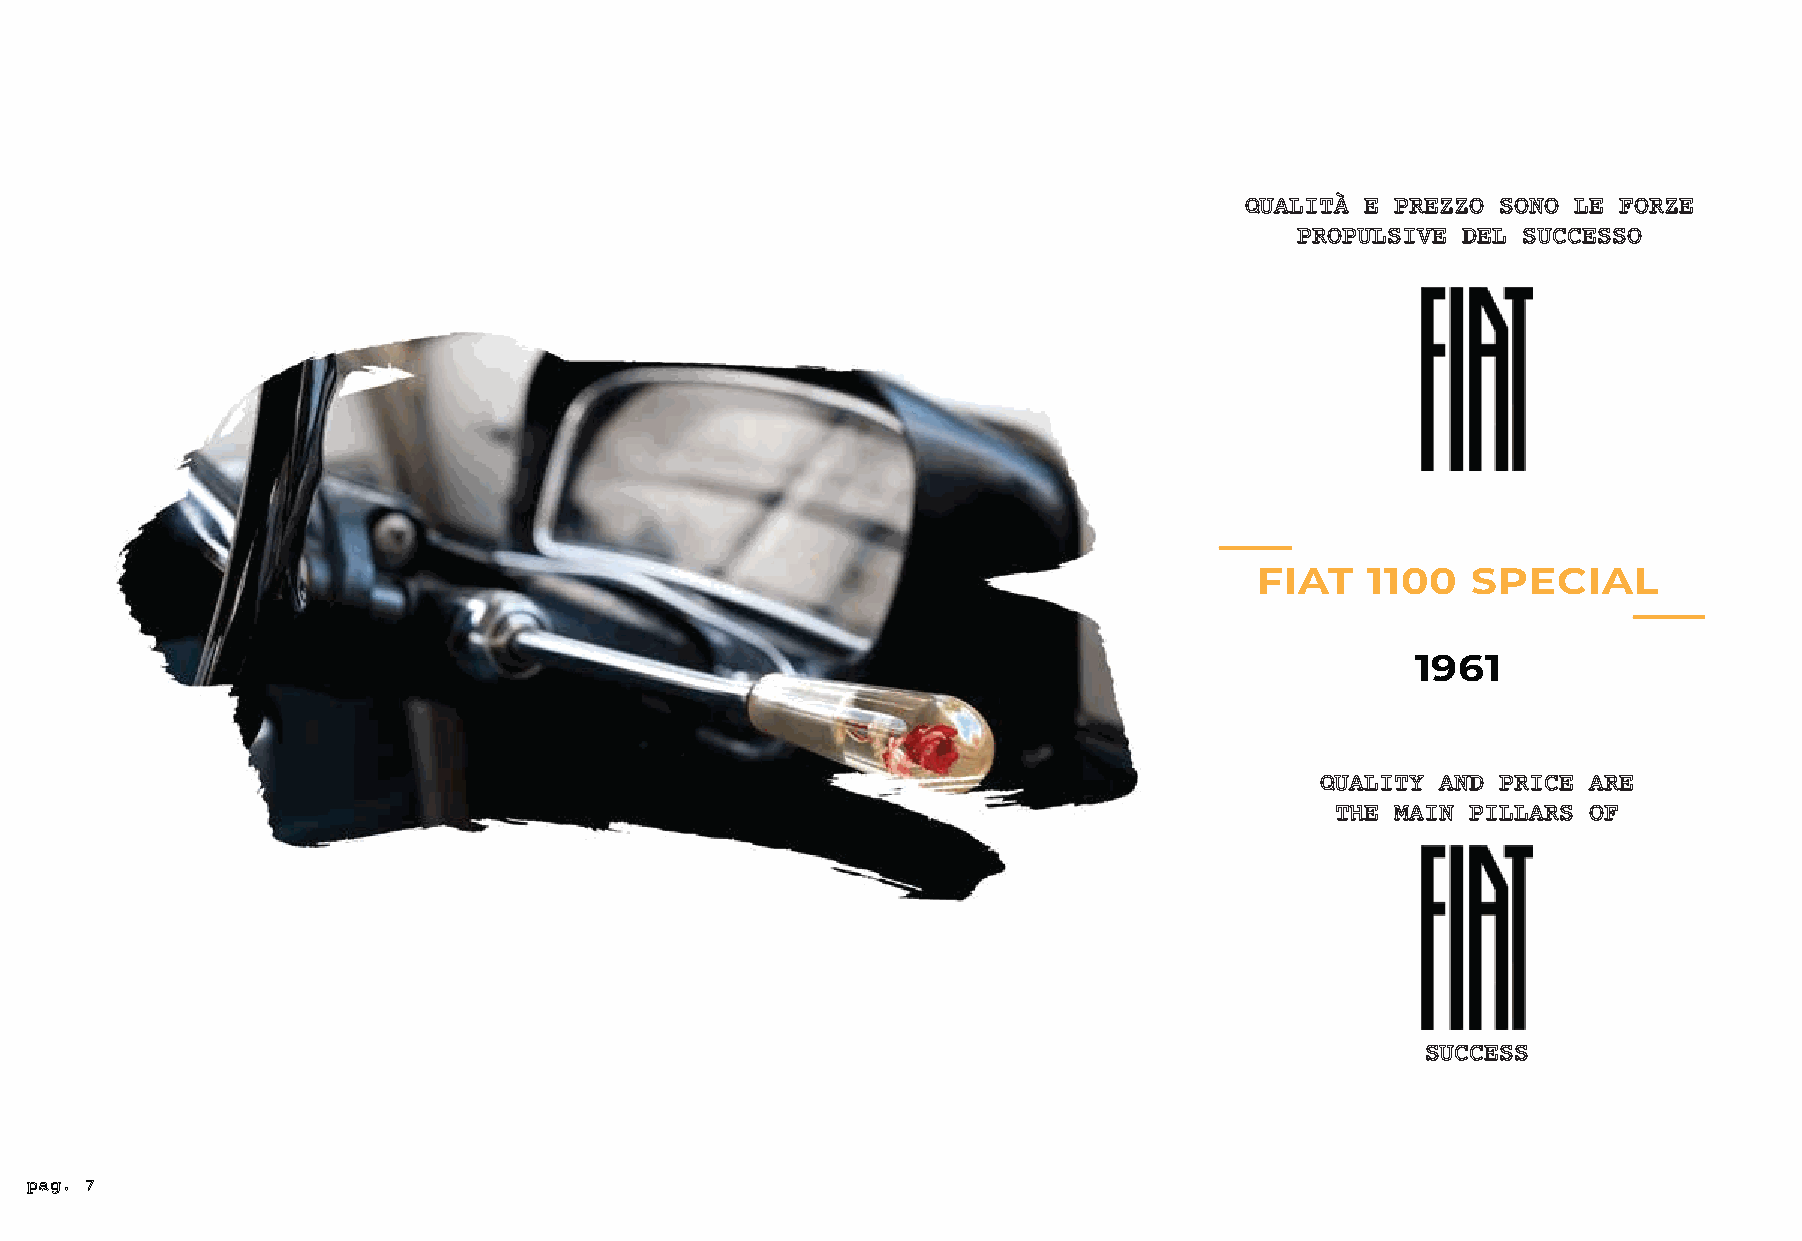
QUALITÀ E PREZZO SONO LE FORZE
 PROPULSIVE DEL SUCCESSO
 FIAT    1100  SPECIAL
 1961
 QUALITY AND PRICE ARE
 THE MAIN PILLARS OF
 SUCCESS
 pag. 7